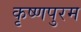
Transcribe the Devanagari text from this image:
कृष्णपुरम